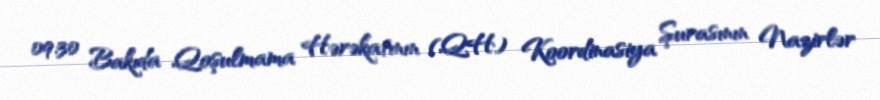
09:30 Bakıda Qoşulmama Hərəkatının (QH) Koordinasiya Şurasının Nazirlər